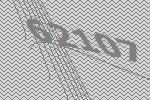
62107